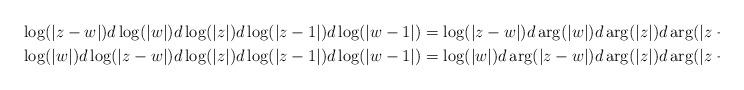
LaTeX: \begin{align*}\log(|z-w|)d\log(|w|)d\log(|z|)d\log(|z-1|)d\log(|w-1|) &= \log(|z-w|)d\arg(|w|)d\arg(|z|)d\arg(|z-1|)d\arg(|w-1|) \\ \log(|w|)d\log(|z-w|)d\log(|z|)d\log(|z-1|)d\log(|w-1|) &= \log(|w|)d\arg(|z-w|)d\arg(|z|)d\arg(|z-1|)d\arg(|w-1|).\end{align*}